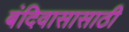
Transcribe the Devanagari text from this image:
बंदिवासासाठी